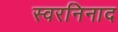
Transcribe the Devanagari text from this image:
स्वरनिनाद